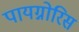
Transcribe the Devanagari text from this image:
पायग्नोरिस